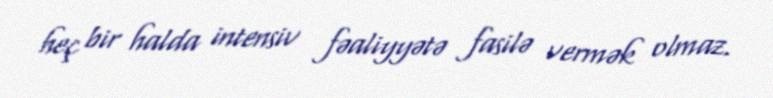
heç bir halda intensiv fəaliyyətə fasilə vermək olmaz.